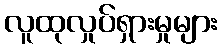
လူထုလှုပ်ရှားမှုများ